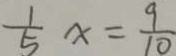
\frac { 1 } { 5 } x = \frac { 9 } { 1 0 }